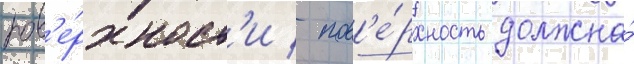
пов'е́рхност'и / пов'е́рхность должна́